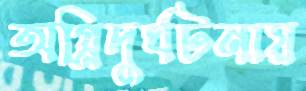
অগ্নিদুর্ঘটনায়